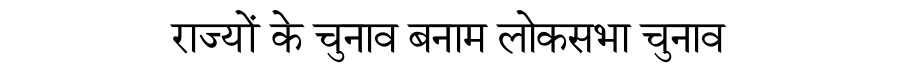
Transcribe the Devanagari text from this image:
राज्यों के चुनाव बनाम लोकसभा चुनाव